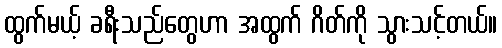
ထွက်မယ့် ခရီးသည်တွေဟာ အထွက် ဂိတ်ကို သွားသင့်တယ်။